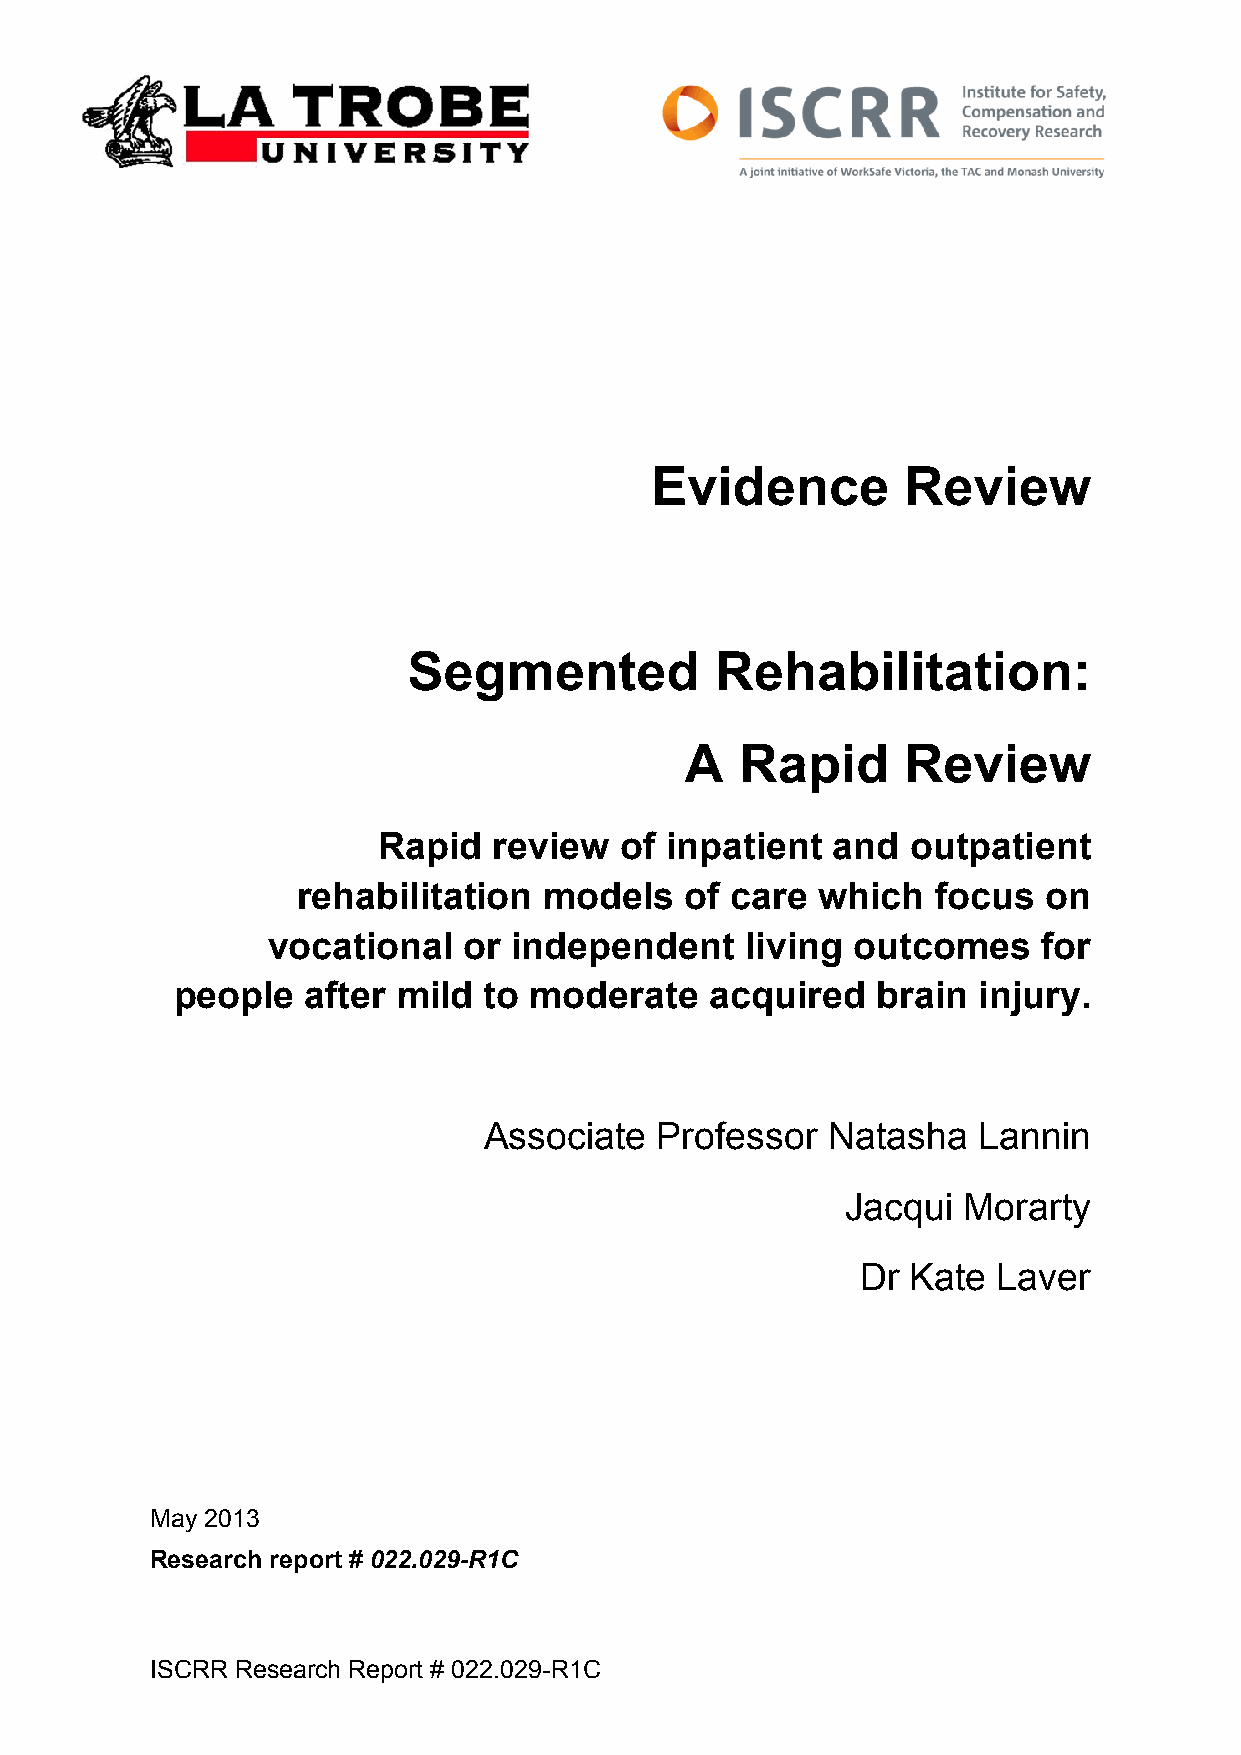
Evidence         Review
 Segmented           Rehabilitation:
 A   Rapid      Review
 Rapid   review  of inpatient  and  outpatient
 rehabilitation  models   of care  which   focus  on
 vocational   or independent    living outcomes     for
 people   after mild  to moderate    acquired   brain  injury.
 Associate  Professor   Natasha   Lannin
 Jacqui  Morarty
 Dr Kate  Laver
 May 2013
 Research report # 022.029-R1C
 ISCRR Research Report # 022.029-R1C